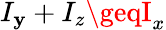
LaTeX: I_{\mathbf{y}}+I_{z}\geqI_{x}